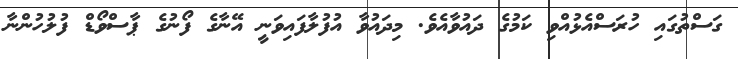
ގަސްތުގައި ހުރަސްއެޅުއްވި ކަމުގެ ދައުވާއެވެ. މިދައުވާ އުފުލާފައިވަނީ އޭނާގެ ފޯނުގެ ޕާސްވޯޑް ފުލުހުންނާ